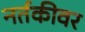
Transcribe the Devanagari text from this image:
नर्तकीवर